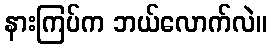
နားကြပ်က ဘယ်လောက်လဲ။